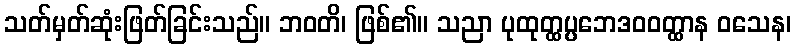
သတ်မှတ်ဆုံးဖြတ်ခြင်းသည်။ ဘဝတိ၊ ဖြစ်၏။ သညာ ပုထုတ္ထပ္ပဘေဒဝဝတ္ထာန ဝသေန၊